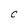
Character: C